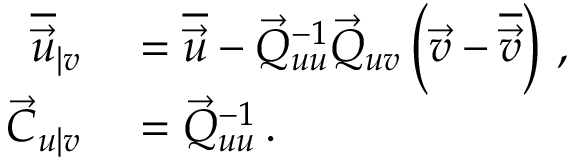
\begin{array} { r l } { \overline { { \vec { u } } } _ { \vert v } } & { { } = \overline { { \vec { u } } } - \vec { Q } _ { u u } ^ { - 1 } \vec { Q } _ { u v } \left( \vec { v } - \overline { { \vec { v } } } \right) \, , } \\ { \vec { C } _ { u \vert v } } & { { } = \vec { Q } _ { u u } ^ { - 1 } \, . } \end{array}